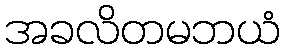
အခလိတမဘယံ